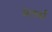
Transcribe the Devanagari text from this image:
मेलर्स